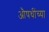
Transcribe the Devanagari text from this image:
औषधींच्या